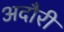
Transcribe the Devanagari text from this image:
अदौरी